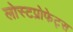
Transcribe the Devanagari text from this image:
लोस्टप्रोफेट्स